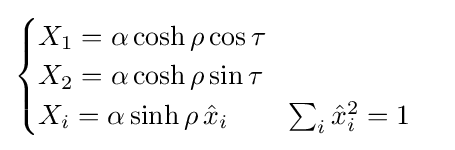
{\begin{cases}X_{1}=\alpha \cosh \rho \cos \tau \\X_{2}=\alpha \cosh \rho \sin \tau \\X_{i}=\alpha \sinh \rho \,{\hat {x}}_{i}\qquad \sum _{i}{\hat {x}}_{i}^{2}=1\end{cases}}